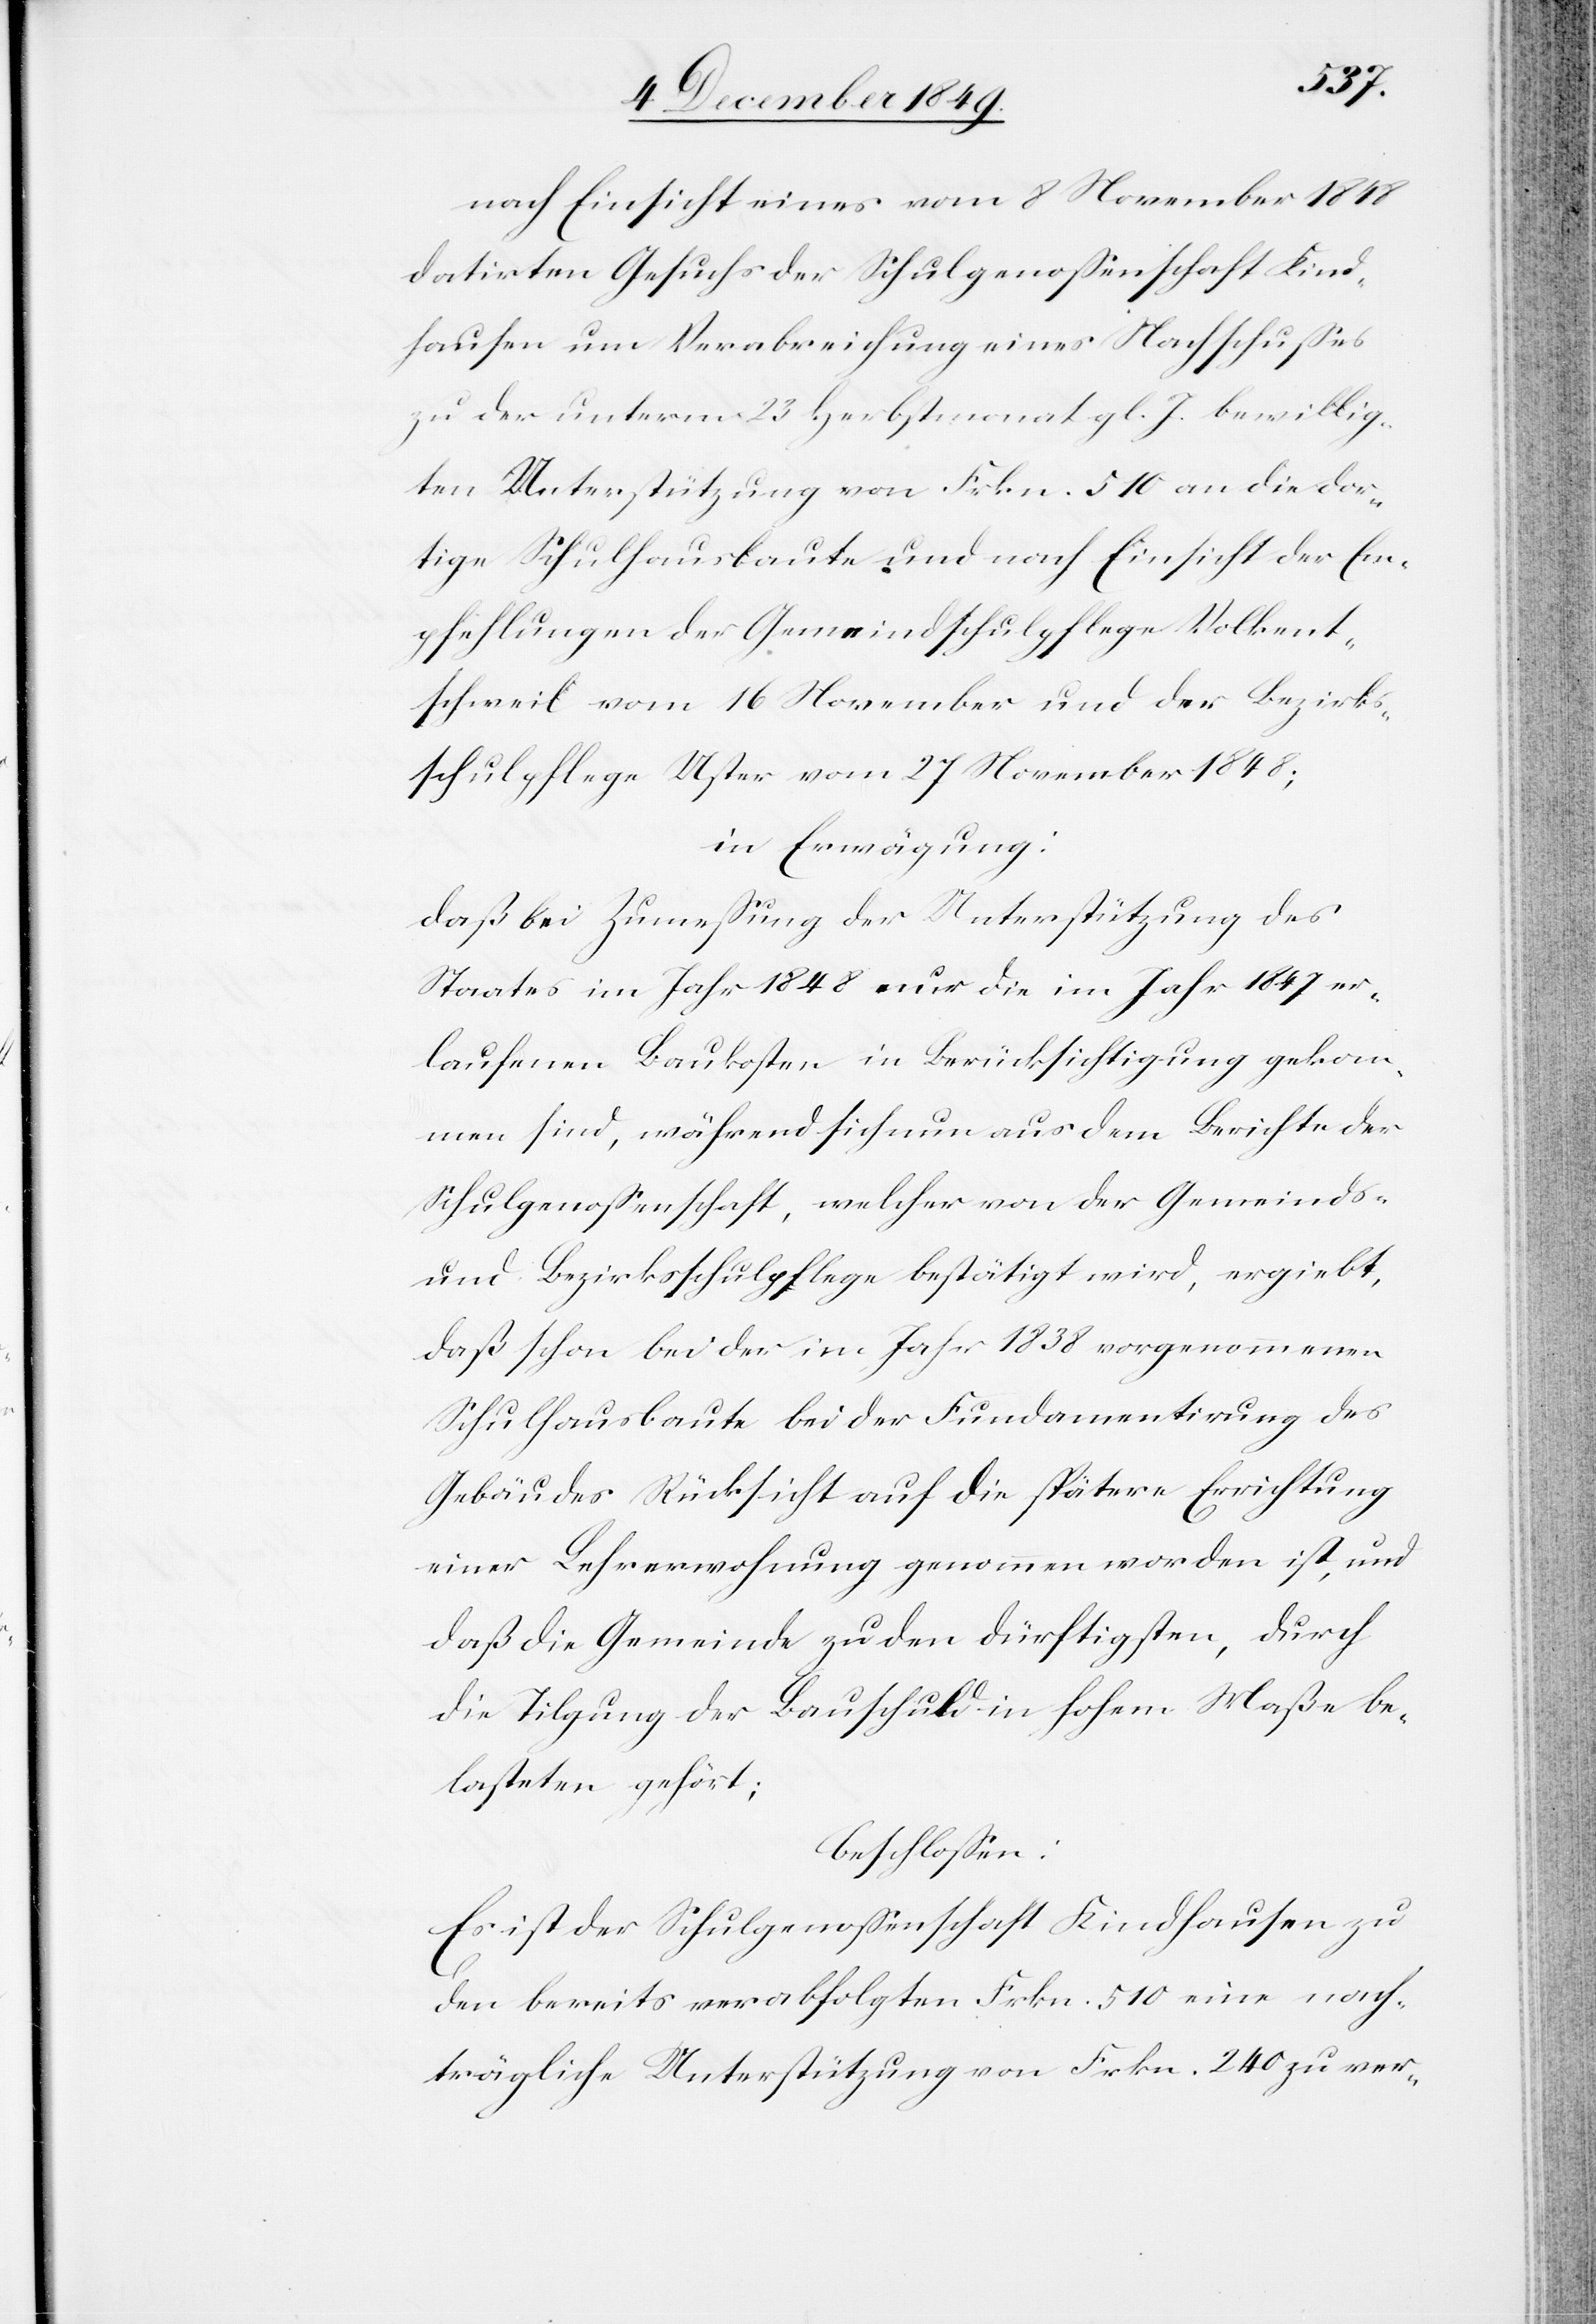
nach Einsicht eines vom 8 November 1848
datirten Gesuches der Schulgenoßenschaft Kind¬
hausen um Verabreichung eines Nachschußes
zu der unterm 23 Herbstmonat gl. J. bewillig¬
ten Unterstützung von Frkn. 510 an die dor¬
tige Schulhausbaute und nach Einsicht der Em¬
pfehlungen der Gemeindsschulpflege Volkent¬
schweil vom 16 November und der Bezirks¬
schulpflege Uster vom 27 November 1848;
in Erwägung:
daß bei Zumeßung der Unterstützung des
Staates im Jahr 1848 nur die im Jahr 1847 er¬
laufenen Baukosten in Berücksichtigung gekom¬
men sind, während sich nun aus dem Bericht der
Schulgenoßenschaft, welcher von der Gemeinds-
und Bezirksschulpflege bestätigt wird, ergiebt,
daß schon bei der im Jahr 1838 vorgenommenen
Schulhausbaute bei der Fundamentirung des
Gebäudes Rücksicht auf die spätere Errichtung
einer Lehrerwohnung genommen worden ist, und
daß die Gemeinde zu den dürftigsten, durch
die Tilgung der Bauschule in hohem Maße be¬
lasteten gehört;
beschloßen:
Es ist der Schulgenoßenschaft Kindhausen zu
den bereits verabfolgten Frkn 510 eine nach¬
trägliche Unterstützung von Frkn. 240 zu ver-